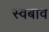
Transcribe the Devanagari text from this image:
स्वबाव